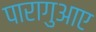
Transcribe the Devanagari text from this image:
पारागुआए